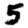
Digit: 5